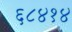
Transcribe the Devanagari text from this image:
६८४१४